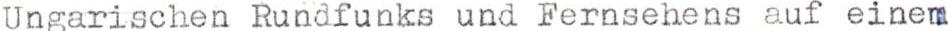
Ungarischen Rundfunks und Fernsehens auf einem